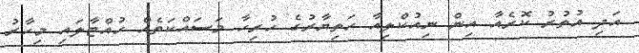
އަދި އުތުރު ކޮރެއާ އިން ނިއުކްލިއާ ހަތިޔާރުގެ ހުރިހާ މަސައްކަތެއް ހުއްޓާލައި މިހާރު